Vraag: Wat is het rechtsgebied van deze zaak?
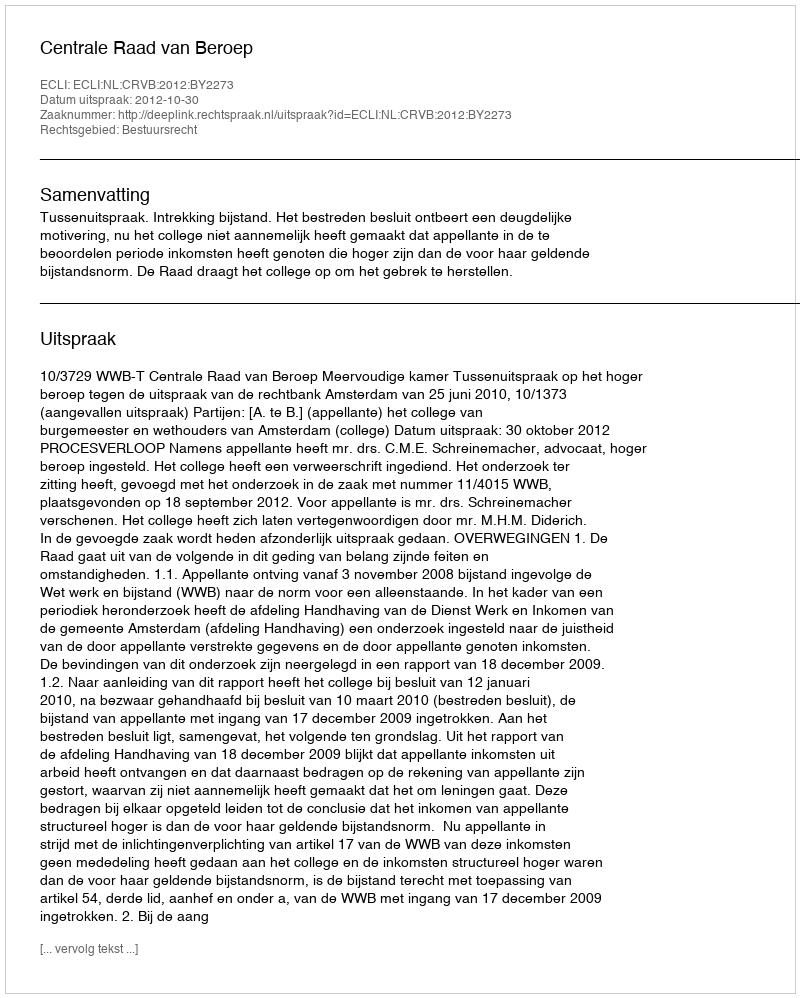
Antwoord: Bestuursrecht